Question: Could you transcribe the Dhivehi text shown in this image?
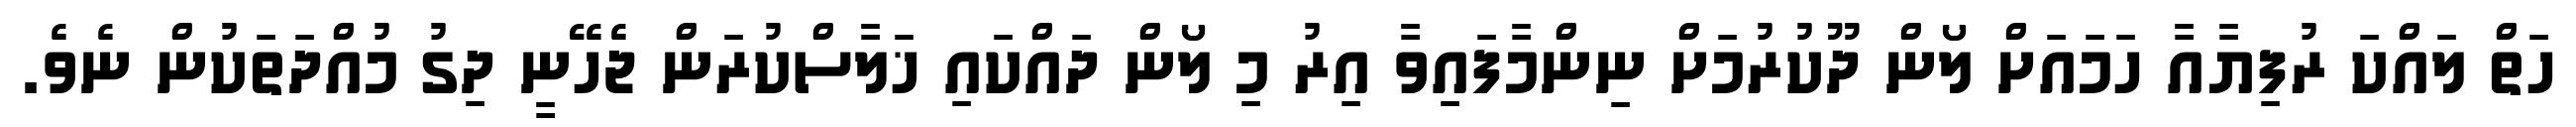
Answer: ހަތް ލައްކަ ރުފިޔާއާ ހަމައަށް ލޯން ދޫކުރުމަށް ނިންމާފައިވާ އިރު މި ލޯން ދައްކައި ޚަލާސްކުރަން ޖެހޭނީ ދިގު މުއްދަތަކުން ނެވެ.